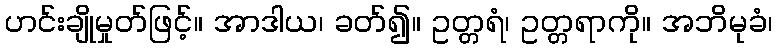
ဟင်းချိုမှုတ်ဖြင့်။ အာဒါယ၊ ခတ်၍။ ဥတ္တရံ၊ ဥတ္တရာကို။ အဘိမုခံ၊